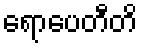
ရောပေတီတိ